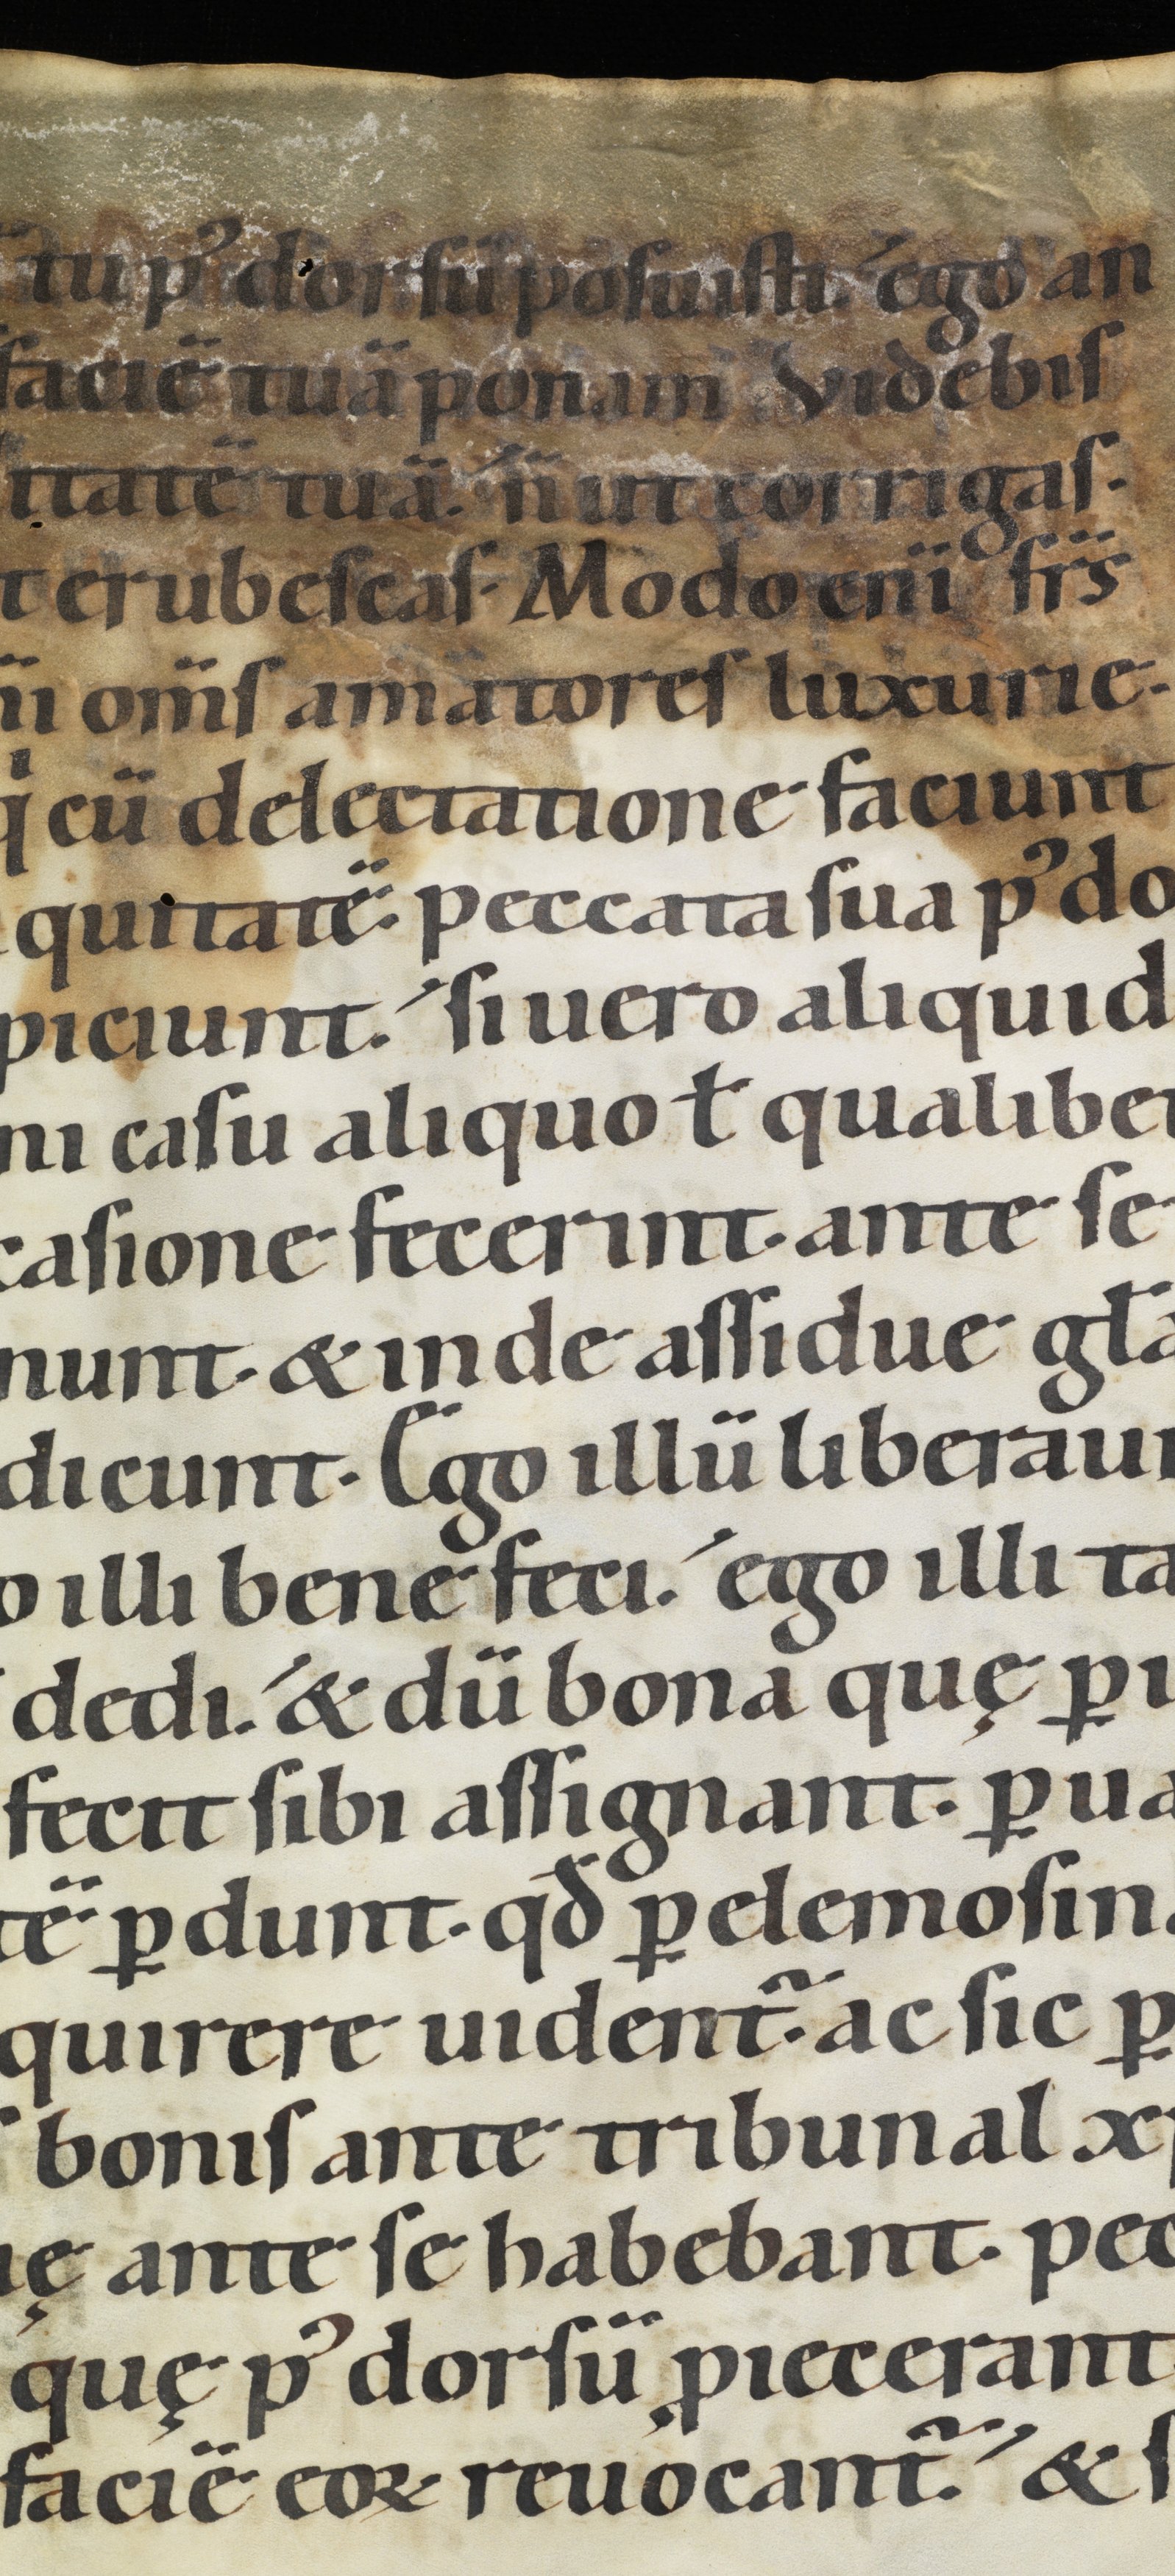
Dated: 1100–1199